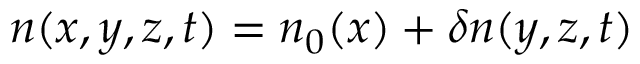
n ( x , y , z , t ) = n _ { 0 } ( x ) + \delta n ( y , z , t )